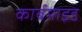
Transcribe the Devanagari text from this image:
कार्बमाइड